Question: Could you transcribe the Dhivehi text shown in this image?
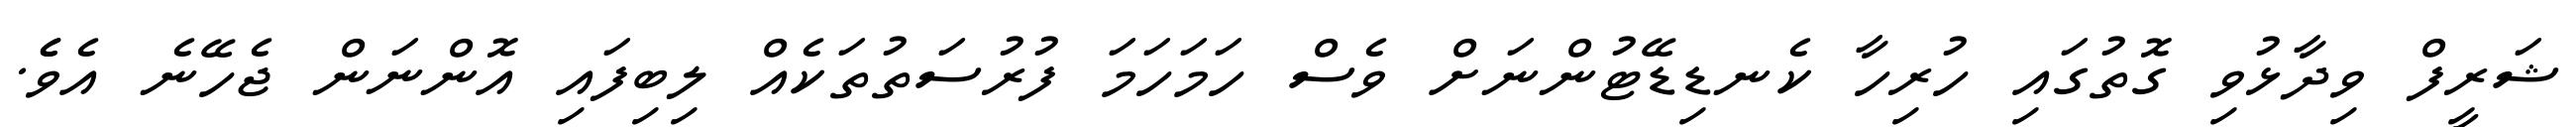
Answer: ޝަރީފް ވިދާޅުވި ގޮތުގައި ހުރިހާ ކެނޑިޑޭޓުންނަށް ވެސް ހަމަހަމަ ފުރުސަތުތަކެއް ލިބިފައި އޮންނަން ޖެހޭނެ އެވެެ.